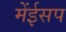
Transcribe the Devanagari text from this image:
मेंईसप